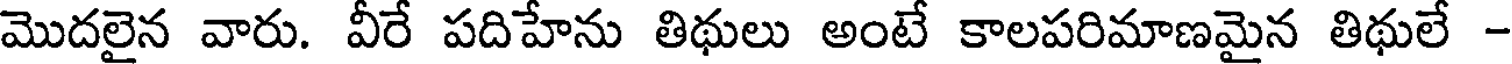
మొదలైన వారు. వీరే పదిహేను తిథులు అంటే కాలపరిమాణమైన తిథులే -